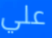
علي